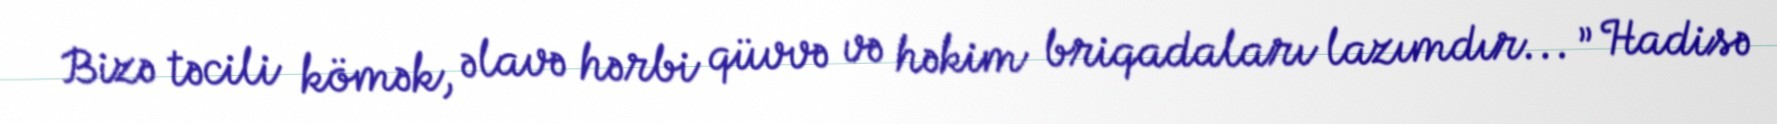
Bizə təcili kömək, əlavə hərbi qüvvə və həkim briqadaları lazımdır... ” Hadisə